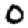
Digit: 0